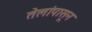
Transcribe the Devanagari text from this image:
तेलांपासून